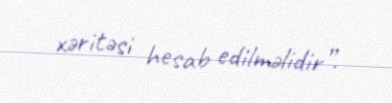
xəritəsi hesab edilməlidir”.